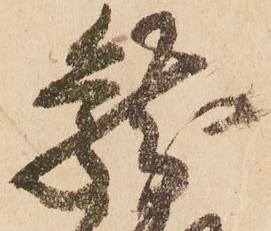
龍